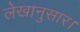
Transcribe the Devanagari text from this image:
लेखानुसार।